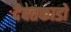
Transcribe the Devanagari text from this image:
दैबतकाडों